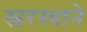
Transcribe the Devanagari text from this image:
स्वरस्थाने